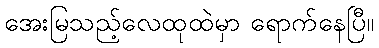
အေးမြသည့်လေထုထဲမှာ ရောက်နေပြီ။